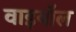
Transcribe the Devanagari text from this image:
वाइबॉल